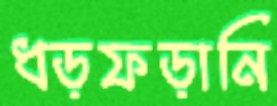
ধড়ফড়ানি